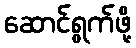
ဆောင်ရွက်ဖို့